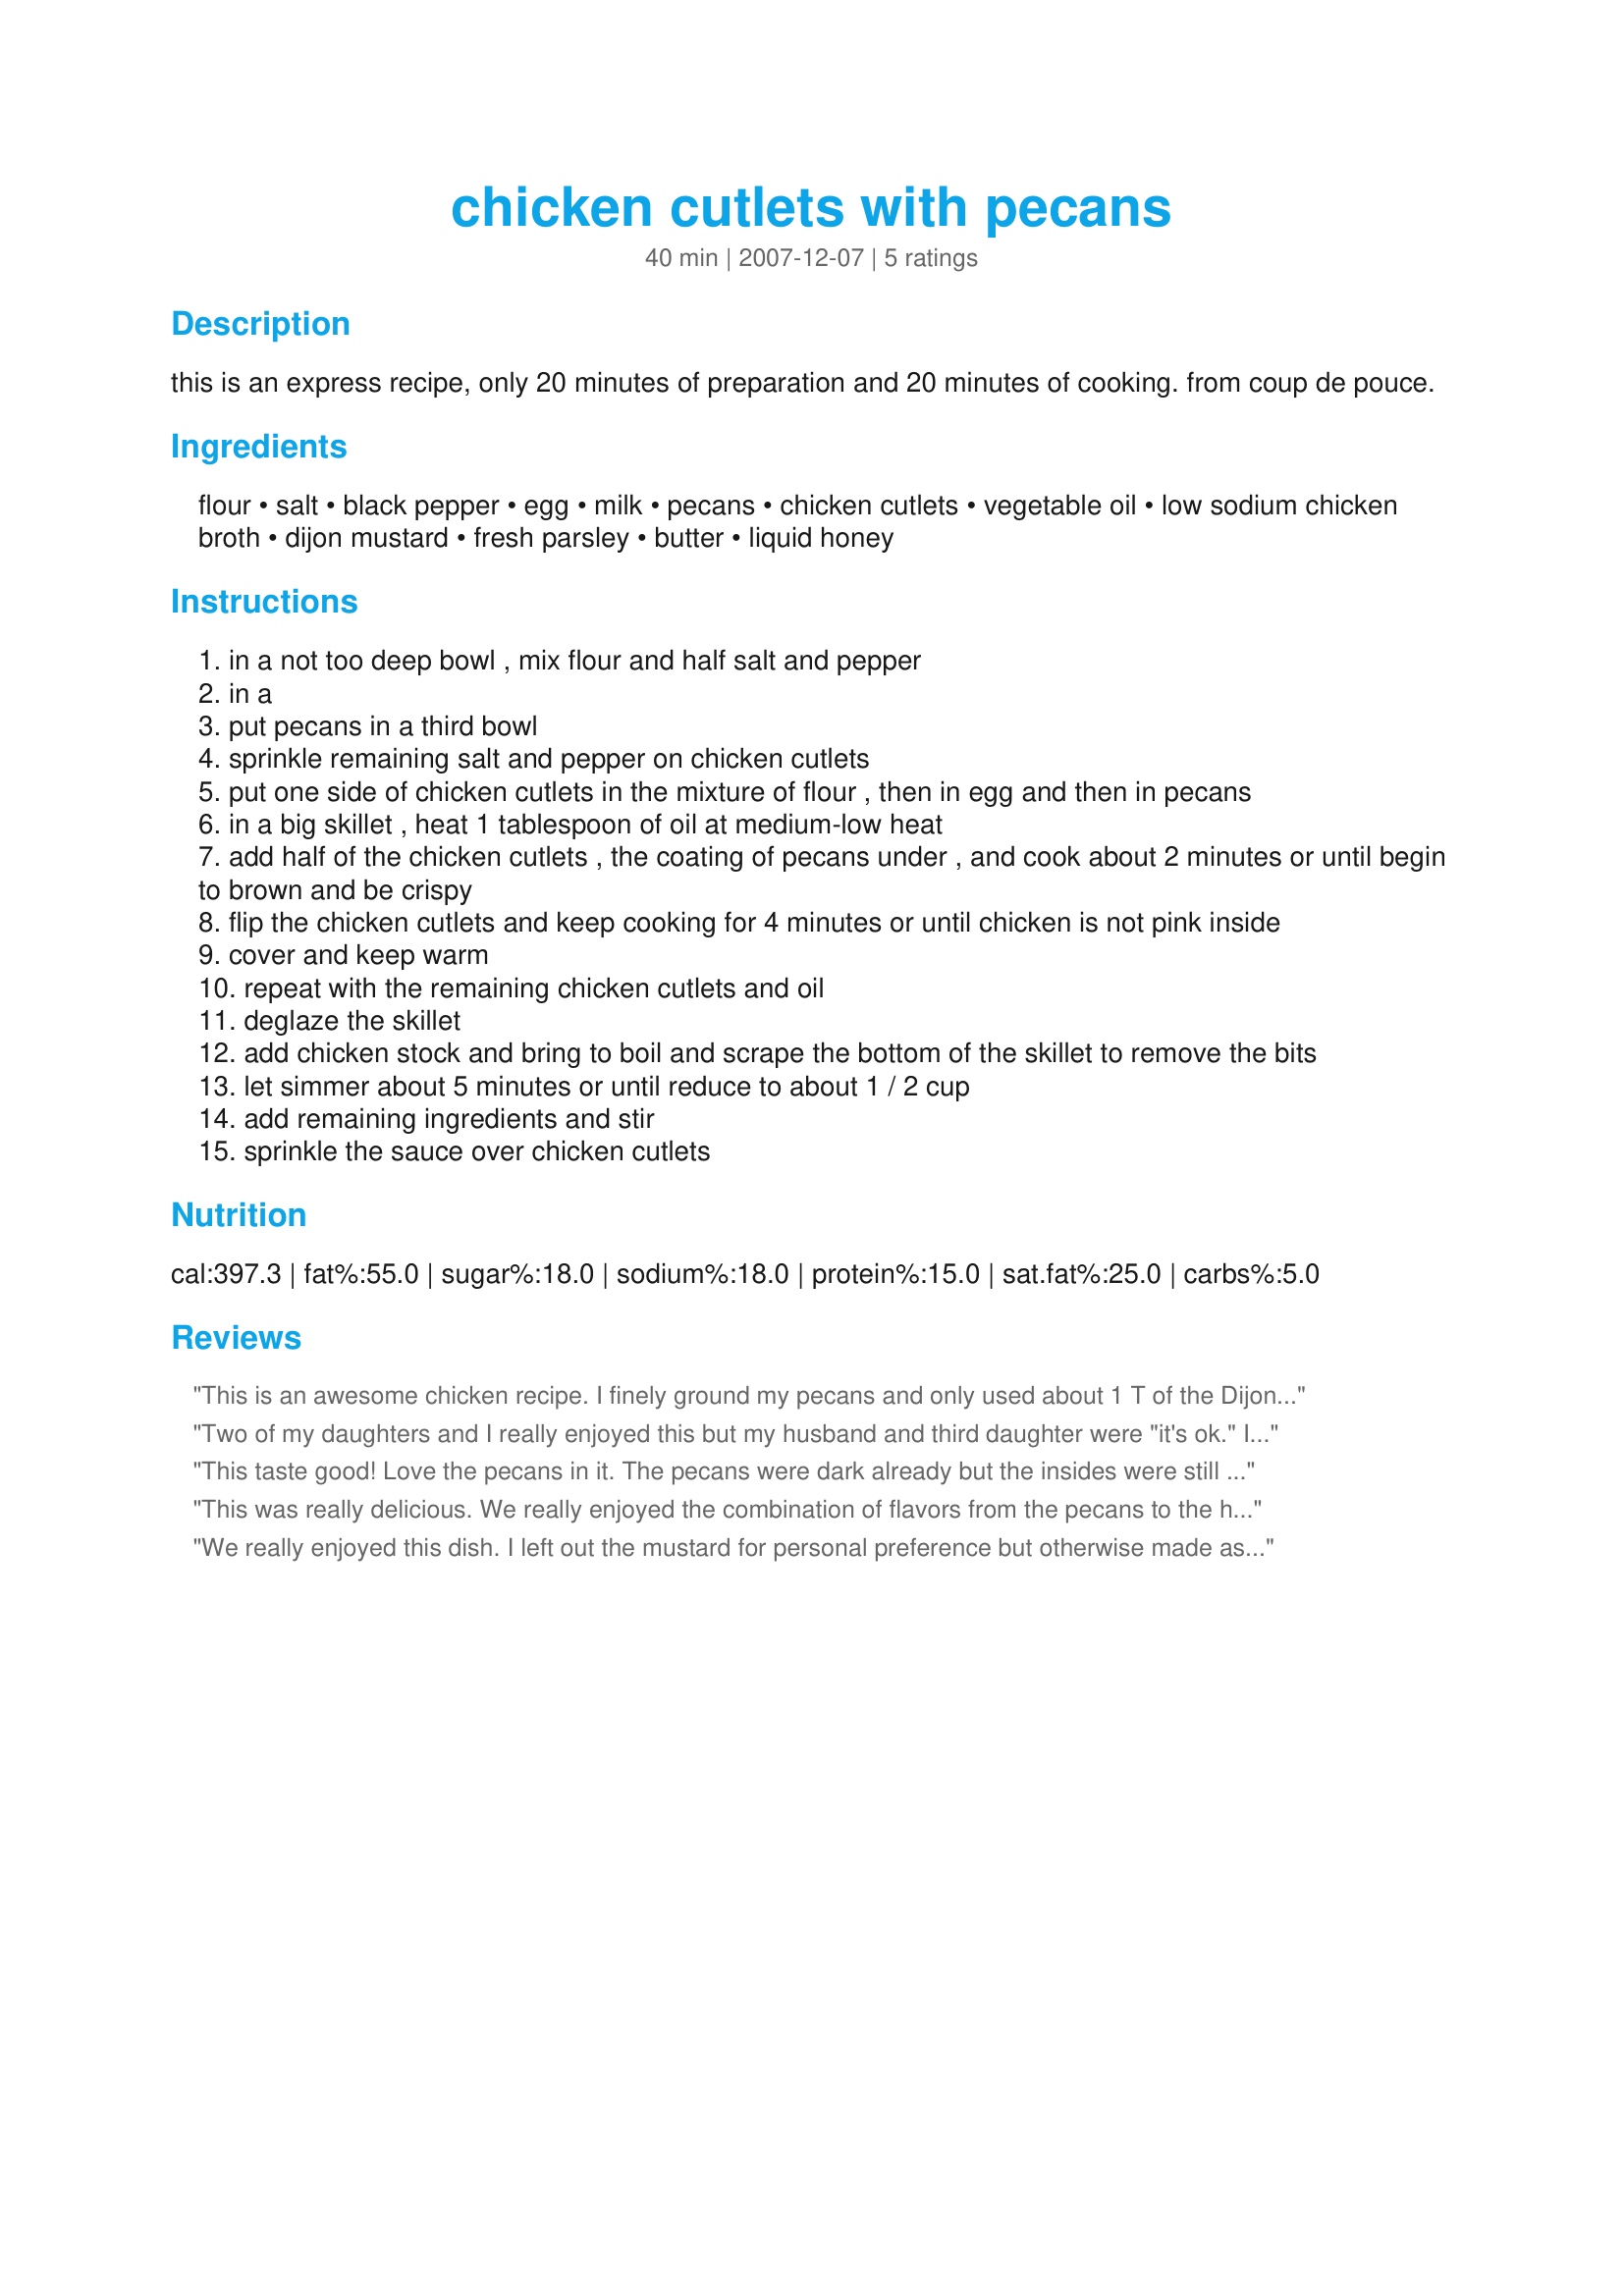
chicken cutlets with pecans
Preparation time: 40 minutes

this is an express recipe, only 20 minutes of preparation and 20 minutes of cooking. from coup de pouce.

Ingredients:
flour, salt, black pepper, egg, milk, pecans, chicken cutlets, vegetable oil, low sodium chicken broth, dijon mustard, fresh parsley, butter, liquid honey

Steps:
in a not too deep bowl , mix flour and half salt and pepper
in a
put pecans in a third bowl
sprinkle remaining salt and pepper on chicken cutlets
put one side of chicken cutlets in the mixture of flour , then in egg and then in pecans
in a big skillet , heat 1 tablespoon of oil at medium-low heat
add half of the chicken cutlets , the coating of pecans under , and cook about 2 minutes or until begin to brown and be crispy
flip the chicken cutlets and keep cooking for 4 minutes or until chicken is not pink inside
cover and keep warm
repeat with the remaining chicken cutlets and oil
deglaze the skillet
add chicken stock and bring to boil and scrape the bottom of the skillet to remove the bits
let simmer about 5 minutes or until reduce to about 1 / 2 cup
add remaining ingredients and stir
sprinkle the sauce over chicken cutlets

Reviews:
This is an awesome chicken recipe. I finely ground my pecans and only used about 1 T of the Dijon mustard. It was so good and my family loved this. I served it with "Recipe#222479". Delish!
Two of my daughters and I really enjoyed this but my husband and third daughter were "it's ok." It's hard to please a family of 5! I used chicken tenders; I always have a hard time with chicken getting cooked thoroughly on the stovetop without burning the outside so I did finish this in the oven. Maybe it's my pan. I served this with Recipe #55497, Recipe #103701, and Recipe #63446. Quite the meal!
This taste good! Love the pecans in it. The pecans were dark already but the insides were still a bit raw/. Will just use more oil and cut out on the mustard next time. Thanks!
This was really delicious. We really enjoyed the combination of flavors from the pecans to the honey mustard sauce. Quick and simple for a weeknight meal.
We really enjoyed this dish. I left out the mustard for personal preference but otherwise made as directed. Initially I wondered whether the pecans would hold to the chicken while turning and plating but it held on just perfectly. Next time I think I'll add some heavy cream to the sauce. Great recipe Boomie, thanks for posting. :)
